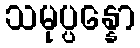
သမုပ္ပန္နော